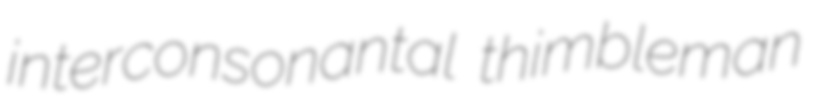
interconsonantal thimbleman